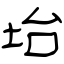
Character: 坮